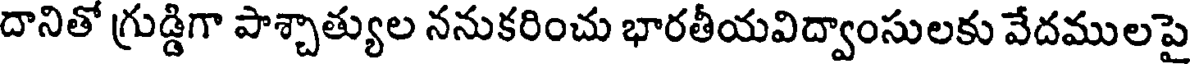
దానితో గ్రుడ్డిగా పాశ్చాత్యుల ననుకరించు భారతీయవిద్వాంసులకు వేదములపై